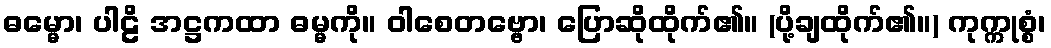
ဓမ္မော၊ ပါဠိ အဋ္ဌကထာ ဓမ္မကို။ ဝါစေတဗ္ဗော၊ ပြောဆိုထိုက်၏။ (ပို့ချထိုက်၏။) ကုက္ကုစ္စံ၊